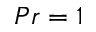
P r = 1